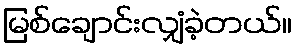
မြစ်ချောင်းလျှံခဲ့တယ်။